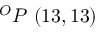
^ { O } P \ ( 1 3 , 1 3 )